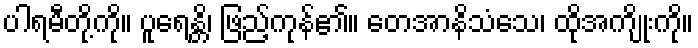
ပါရမီတို့ကို။ ပူရေန္တိ၊ ဖြည့်ကုန်၏။ တေအာနိသံသေ၊ ထိုအကျိုးကို။